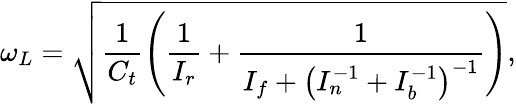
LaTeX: \omega_{L}=\sqrt{\frac{1}{C_{t}}\left(\frac{1}{I_{r}}+\frac{1}{I_{f}+\left(I_{n}^{-1}+I_{b}^{-1}\right)^{-1}}\right)},